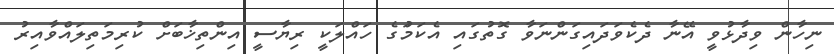
ނިހާން ވިދާޅުވީ އޭނާ ދެކެވަދައިގަންނަވާ ގޮތުގައި އެކަމަުގެ ހައްލަކީ ރިޔާސީ އިންތިޚާބަށް ކުރިމަތިލައްވާއިރު